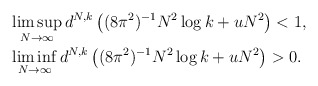
\begin{align*}&\limsup_{N\to \infty} d^{N,k} \left( (8\pi^2)^{-1}N^2\log k+uN^2 \right)<1,\\&\liminf_{N\to \infty} d^{N,k} \left( (8\pi^2)^{-1}N^2\log k+uN^2 \right) >0.\end{align*}